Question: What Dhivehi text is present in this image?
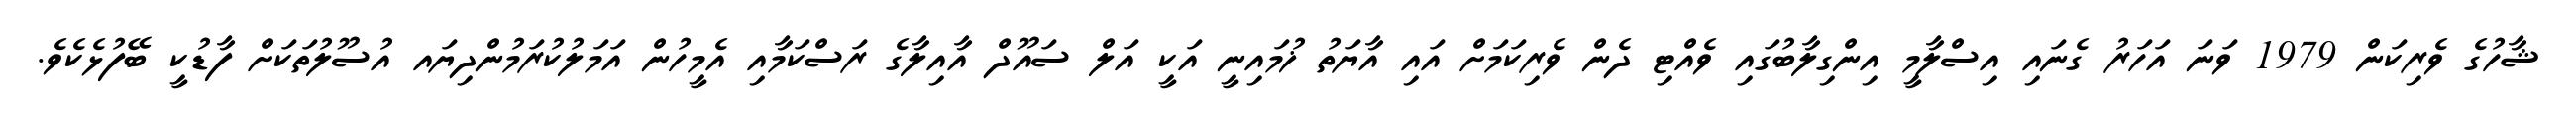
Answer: ޝާހުގެ ވެރިކަން 1979 ވަނަ އަހަރު ގެނައި އިސްލާމީ އިންގިލާބުގައި ވެއްޓި ދެން ވެރިކަމަށް އައި އާޔަތު ޚުމައިނީ އަކީ އަލް ސައޫދް އާއިލާގެ ރަސްކަމާއި އެމީހުން އަމަލުކުރަމުންދިޔައ އުސޫލުތަކަށް ފާޑުކީ ބޭފުޅެކެވެ.